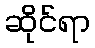
ဆိုင်ရာ